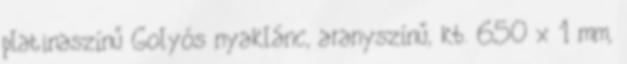
platinaszínű Golyós nyaklánc, aranyszínű, kb. 650 x 1 mm,